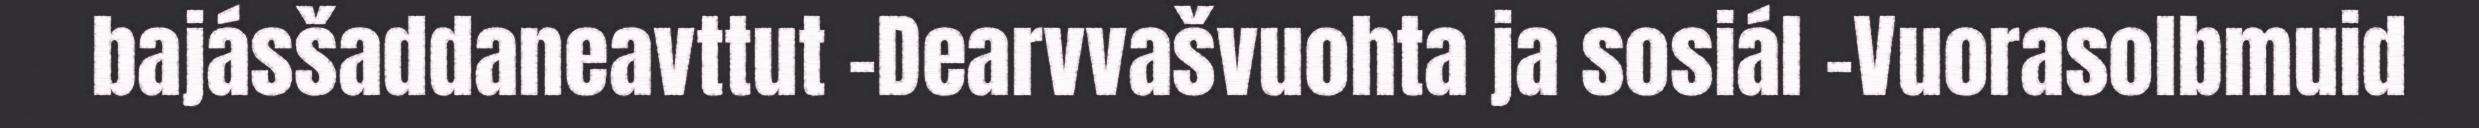
bajásšaddaneavttut -Dearvvašvuohta ja sosiál -Vuorasolbmuid